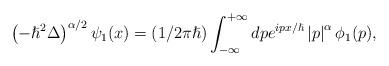
LaTeX: \begin{align*}\left( -\hslash^{2}\Delta\right) ^{\alpha/2}\psi_{1}(x)=(1/2\pi\hslash)\int_{-\infty}^{+\infty}dpe^{ipx/\hslash}\left\vert p\right\vert ^{\alpha}\phi_{1}(p),\end{align*}